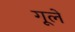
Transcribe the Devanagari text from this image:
गूले